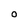
Character: O